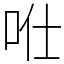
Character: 𠱊